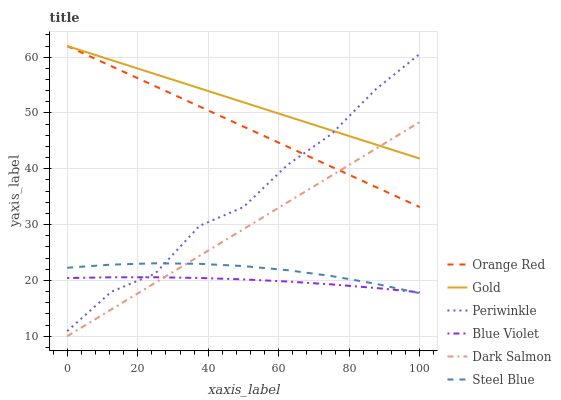
| xaxis_label | Orange Red | Gold | Periwinkle | Blue Violet | Dark Salmon | Steel Blue |
 | --- | --- | --- | --- | --- | --- | --- |
 | 0 | 62 | 62 | 10.9 | 20.4 | 10 | 22.3 |
 | 12.5 | 58.4 | 59.5 | 18 | 20.6 | 14.8 | 22.8 |
 | 25 | 54.8 | 57 | 21.3 | 20.6 | 19.6 | 23.1 |
 | 37.5 | 51.2 | 54.4 | 29.8 | 20.4 | 24.4 | 23 |
 | 50 | 47.6 | 51.9 | 33.2 | 20.2 | 29.2 | 22.6 |
 | 62.5 | 44 | 49.4 | 40.7 | 19.8 | 34 | 21.8 |
 | 75 | 40.4 | 46.9 | 46.2 | 19.3 | 38.8 | 20.8 |
 | 87.5 | 36.7 | 44.3 | 54.2 | 18.6 | 43.6 | 19.4 |
 | 100 | 33.1 | 41.8 | 60.6 | 17.9 | 48.4 | 17.7 |